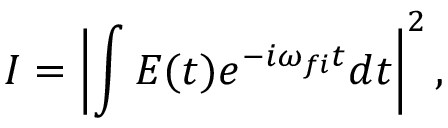
I = \left| \int { E ( t ) e ^ { - i \omega _ { f i } t } d t } \right| ^ { 2 } ,